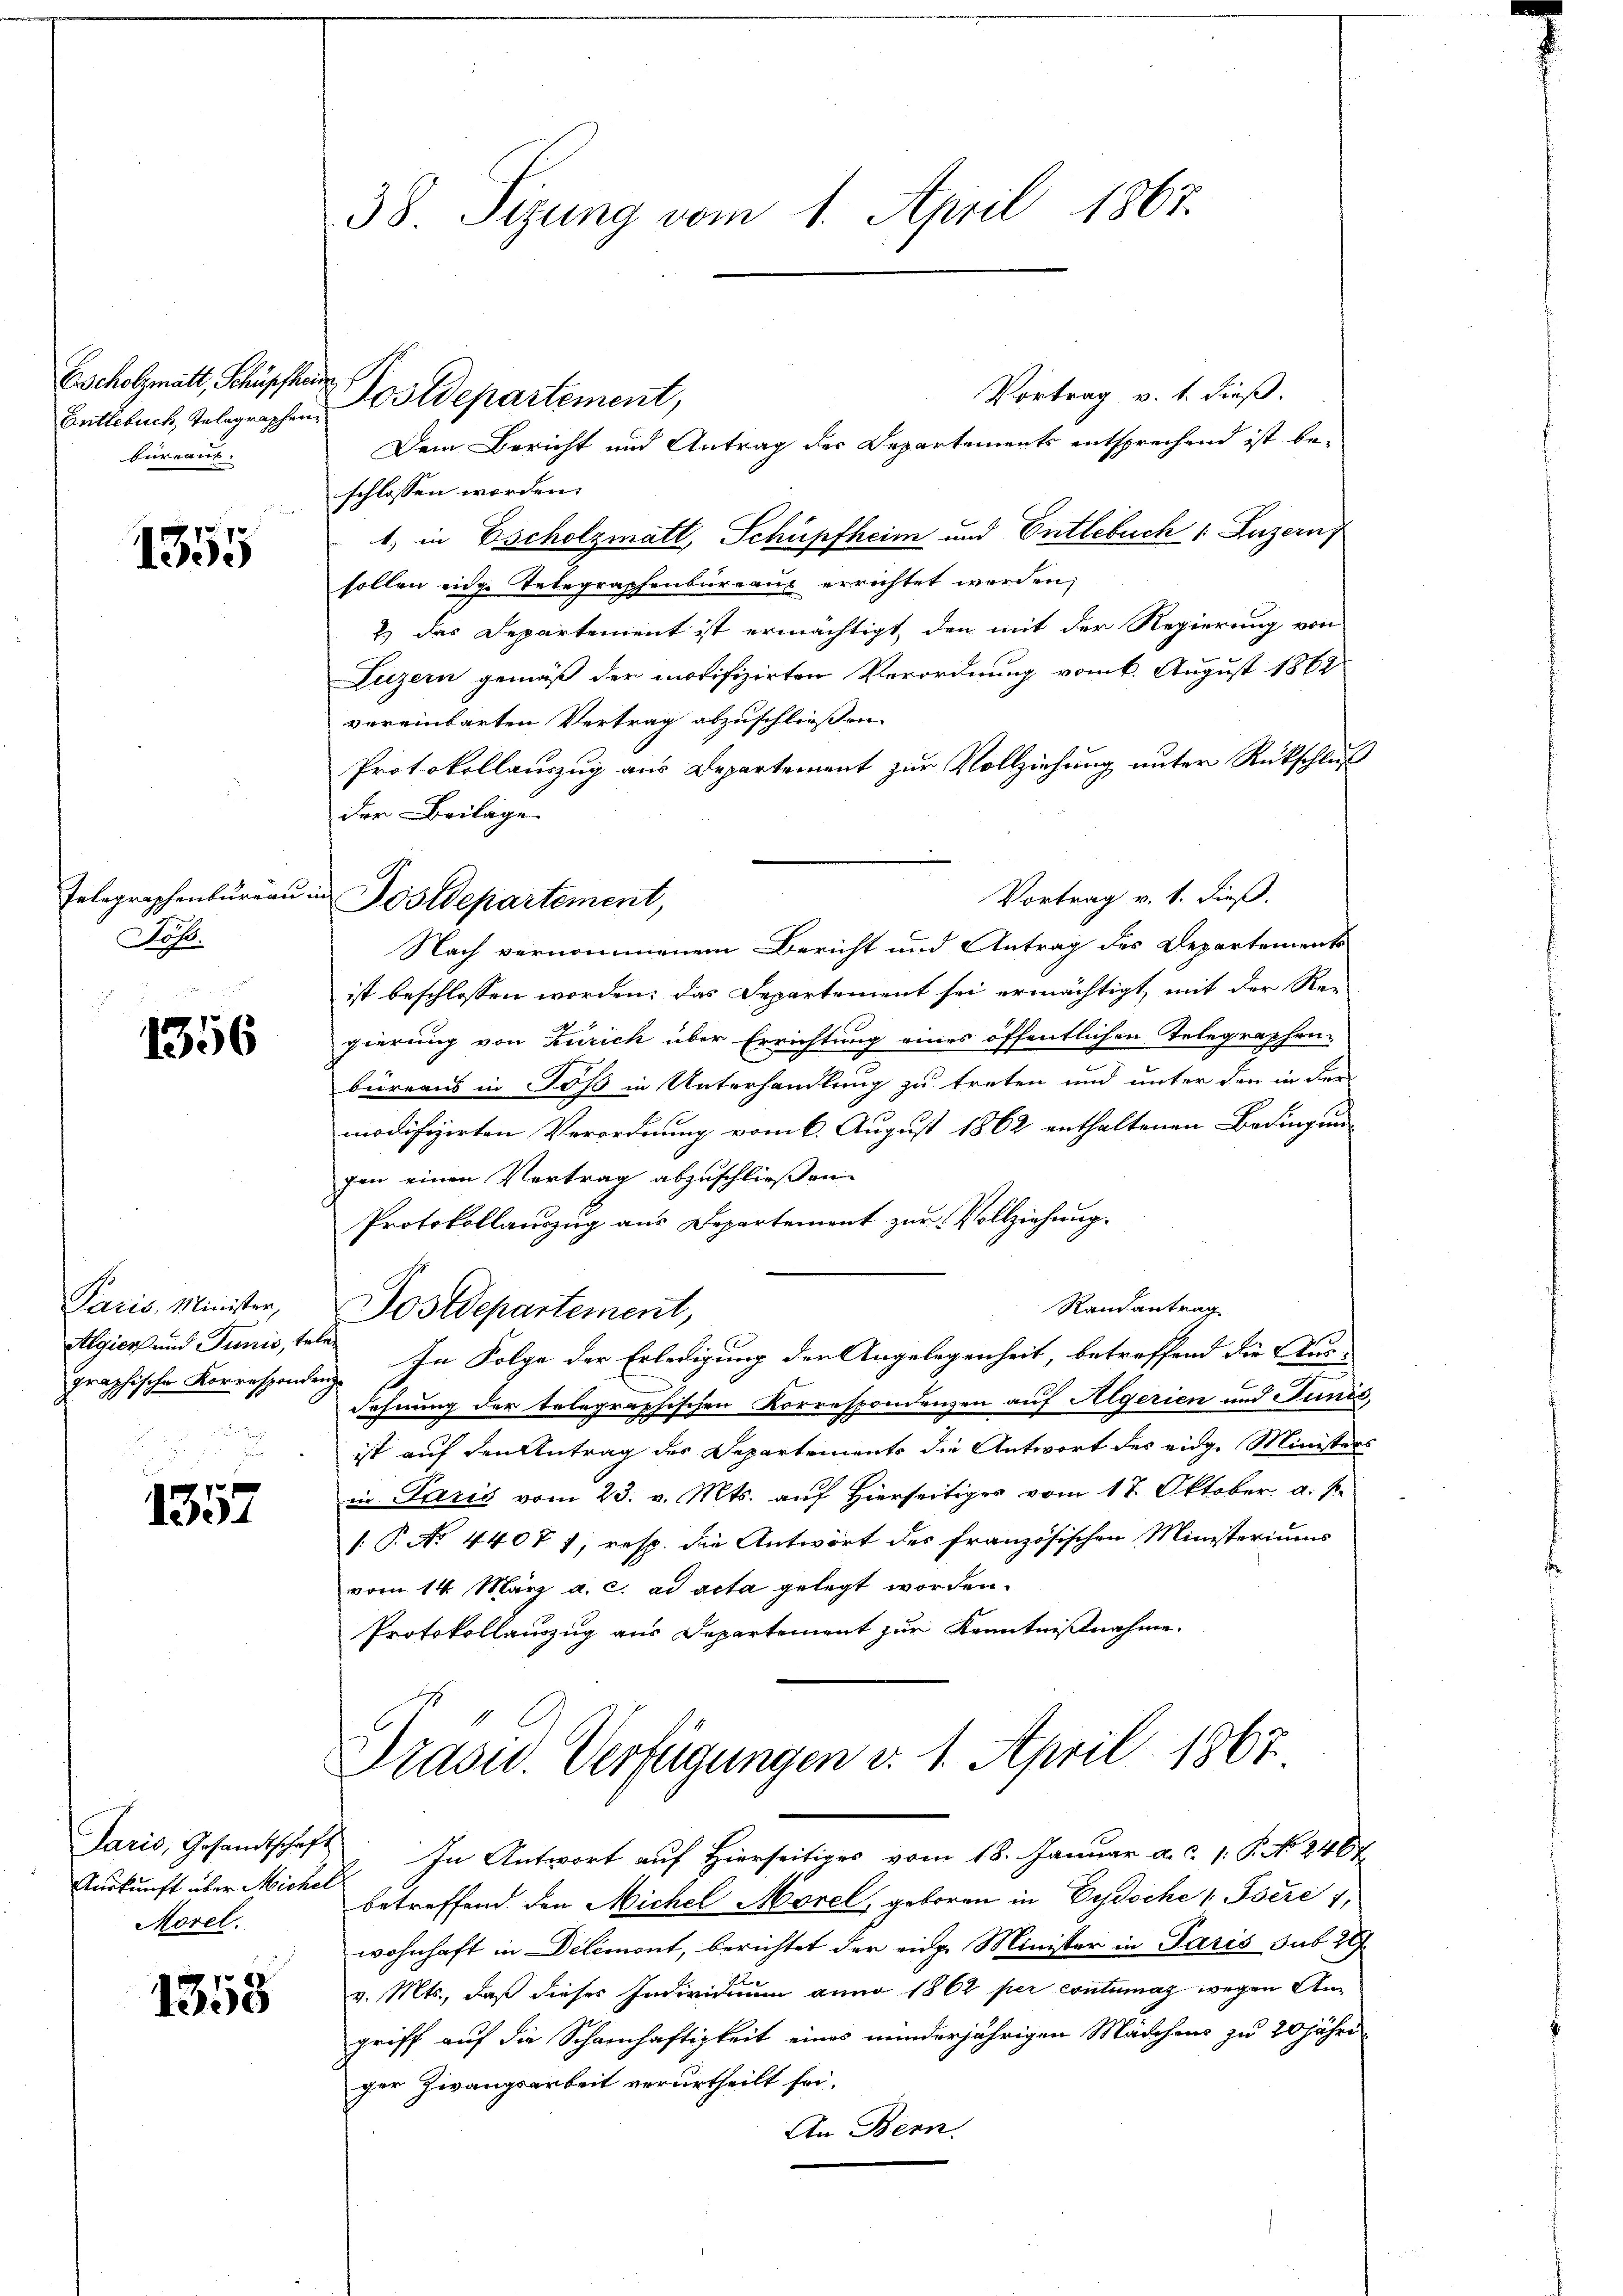
Escholzmatt, Schüpfhei
Entlebuch Telegraphen.
beraus.

a
1355

Telegraphenbureau.
Loh

1356

Paris, Minister,
Algiers und Junis, te

1357

Auskunft über Michel
Morel.

1358

38. Sizung vom 1. April 1867.

i
Vortrag v. 1. dieß.
Dem Bericht und Antrag des Departements entsprechend ist be-
schlossen worden:
1, in Escholzmatt, Schüpfheim und Entlebuch 1 Luzern
sollen eidge Telegraphenbureaus errichtet werden;
2.) Das Departement ist ermächtigt, den mit der Regierung von
Luzern gemäß der motifizirten Verordnung vom 6. August 1864
vereinbarten Vertrag abzuschließen.
Protokollauszug aus Departement zur Vollziehung unter Rückschluß
Der Beilage.
Nach vernommenem Bericht und Antrag des Departements
ist beschlossen worden, das Departement sei ermächtigt, mit der Re-
x
gierung von Zürich über Errichtung eines öffentlichen Telegraphen-
büreaus in Jos in Unterhandlung zu treten und unter den in der
modifizirten Verordnung vom 6. August 1862 enthaltenen Bedingung
gen einen Vertrag abzuschließen
Protokollauszug aus Departement zur Vollziehung.
Randantrag
Postdepartement,
le
graphische Korresponden. In Folge der Erledigung der Angelegenheit, betreffend die Ausdehnung der telegraphischen Korrespondenzen auf Algerien und Junis,
ist auf den Antrag des Departements die Antwort des eidge Ministers
in Paris vom 23. v. Mts. auf Hierseitiges vom 17. Oktober a. p.
/. P. No 4407 1, resp. die Antwort des französischen Ministeriums
vom 14. März a. c. ad acta gelegt worden.
Protokollanzug aus Departement zur Kenntnißnahme.

Postdepartement,

x
Vortrag v. 1. dieß.
 Postdepartement,

Prasis. Verfügungen v. 1. April 1867.
Jaris, Gesandtschaft. In Antwort auf Hierseitiges vom 18. Januar a. c. 1. P. No. 2467

betreffend den Michel Morel, geboren in Eydsche 1 Iséré 1,
wohnhaft in Delémont, berichtet der einge Minister in Paris sub 28
v. Mts., daß dieses Individuum anno 1862 per contumaz wegen Am
griff auf die Schamhaftigkeit eines minderjährigen Mädchens zu 20 jähre
ger Zwangsarbeit verurtheilt sei.
An Bern.